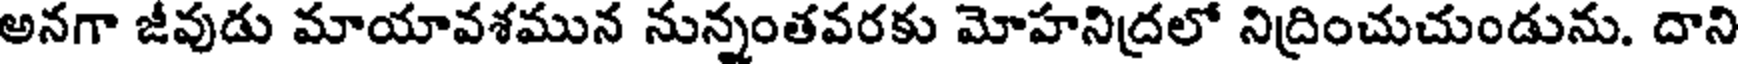
అనగా జీవుడు మాయావశమున నున్నంతవరకు మోహనిద్రలో నిద్రించుచుండును. దాని